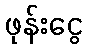
ဖုန်းငွေ